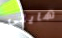
هايلي